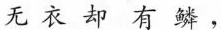
无衣却有鳞，